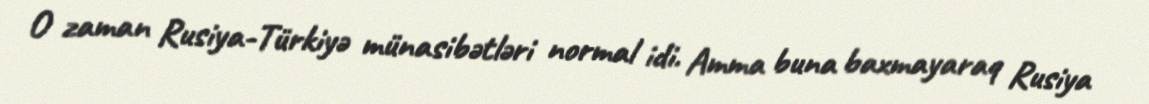
O zaman Rusiya-Türkiyə münasibətləri normal idi. Amma buna baxmayaraq Rusiya